Report on the treatment of epidemic cholera: from information collected by the governments of Bengal, Madras, Bombay, N.W. Provinces, Punjab, Oudh, and Central India, by order of the Government of India
Disease focus: Cholera
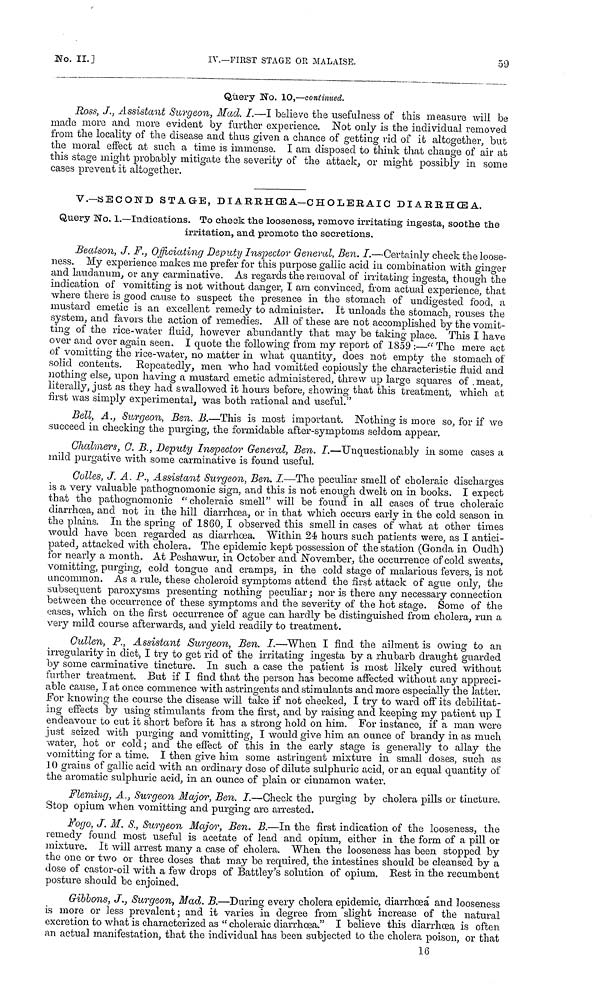
No. II.]
IV.—FIRST STAGE OR MALAISE.
59
Query No. 10,—continued.
Ross, J., Assistant Surgeon, Mad. I.—I believe the usefulness of this measure will be
made more and more evident by further experience. Not only is the individual removed
from the locality of the disease and thus given a chance of getting rid of it altogether, but
the moral effect at such a time is immense. I am disposed to think that change of air at
this stage might probably mitigate the seventy of the attack, or might possibly in some
cases prevent it altogether.
V.—SECOND STAGE, DIARRHŒA— CHOLERAIG DIARRHŒA.
Query No. 1.—Indications. To check the looseness, remove irritating ingesta, soothe the
irritation, and promote the secretions.
Beatson, J. F., Officiating Deputy Inspector General, Ben. I.—Certainly check the loose-
ness. My experience makes me prefer for this purpose gallic acid in combination with ginger
and laudanum, or any carminative. As regards the removal of irritating ingesta, though the
indication of vomitting is not without danger, I am convinced, from actual experience, that
where there is good cause to suspect the presence in the stomach of undigested food, a
mustard emetic is an excellent remedy to administer. It unloads the stomach, rouses the
system, and favors the action of remedies. All of these are not accomplished by the vomit-
ting of the rice-water fluid, however abundantly that may be taking place. This I have
over and over again seen. I quote the following from my report of 1859 :—" The mere act
of vomitting the rice-water, no matter in what quantity, does not empty the stomach of
solid contents. Repeatedly, men who had vomitted copiously the characteristic fluid and
nothing else, upon having a mustard emetic administered, threw up large squares of . meat,
literally, just as they had swallowed it hours before, showing that this treatment, which at
first was simply experimental, was both rational and useful."
Bell, A., Surgeon, Ben. B.—This is most important. Nothing is more so, for if we
succeed in checking the purging, the formidable after-symptoms seldom appear.
Chalmers, G. B., Deputy Inspector General, Ben. I.—Unquestionably in some cases a
mild purgative with some carminative is found useful.
Colles, J. A. P., Assistant Surgeon, Ben. I.—The peculiar smell of choleraic discharges
is a very valuable pathognomonic sign, and this is not enough dwelt on in books. I expect
that the pathognomonic "choleraic smell" will be found in all cases of true choleraic
diarrhoea, and not in the hill diarrhœa, or in that which occurs early in the cold season in
the plains. In the spring of 1860, I observed this smell in cases of what at other times
would have been regarded as diarrhœa. Within 24 hours such patients were, as I antici-
pated, attacked with cholera. The epidemic kept possession of the station (Gonda in Oudh)
for nearly a month. At Peshawur, in October and November, the occurrence of cold sweats,
vomitting, purging, cold tongue and cramps, in the cold stage of malarious fevers, is not
uncommon. As a rule, these choleroid symptoms attend the first attack of ague only, the
subsequent paroxysms presenting nothing peculiar ,· nor is there any necessary connection
between the occurrence of these symptoms and the severity of the hot stage. Some of the
cases, which on the first occurrence of ague can hardly be distinguished from cholera, run a
very mild course afterwards, and yield readily to treatment.
Cullen, P., Assistant Surgeon, Ben. I.—When I find the ailment is owing to an
irregularity in diet, I try to get rid of the irritating ingesta by a rhubarb draught guarded
by some carminative tincture. In such a case the patient is most likely cured without
further treatment. But if I find that the person has become affected without any appreci-
able cause, I at once commence with astringents and stimulants and more especially the latter.
For knowing the course the disease will take if not checked, I try to ward off its debilitat-
ing effects by using stimulants from the first, and by raising and keeping my patient up I
endeavour to cut it short before it has a strong hold on him. For instance, if a man were
just seized with purging and vomitting, I would give him an ounce of brandy in as much
water, hot or cold ; and the effect of this in the early stage is generally to allay the
vomitting for a time. I then give him some astringent mixture in small closes, such as
10 grains of gallic acid with an ordinary dose of dilute sulphuric acid, or an equal quantity of
the aromatic sulphuric acid, in an ounce of plain or cinnamon water.
Fleming, A., Surgeon Major, Ben. I.—Check the purging by cholera pills or tincture.
Stop opium when vomitting and purging are arrested.
Fogo, J. M. S., Surgeon Major, Ben. B.—In the first indication of the looseness, the
remedy found most useful is acetate of lead and opium, either in the form of a pill or
mixture. It will arrest many a case of cholera. When the looseness has been stopped by
the one or two or three doses that may be required, the intestines should be cleansed by a
dose of castor-oil with a few drops of Battley's solution of opium. Rest in the recumbent
posture should be enjoined.
Gibbons, J., Surgeon, Mad. B.—During every cholera epidemic, diarrhœa and looseness
is more or less prevalent ; and it varies in degree from slight increase of the natural
excretion to what is characterized as " choleraic diarrhoea." I believe this diarrhoea is often
an actual manifestation, that the individual has been subjected to the cholera poison, or that
16